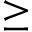
\geq